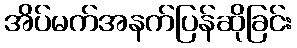
အိပ်မက်အနက်ပြန်ဆိုခြင်း